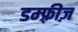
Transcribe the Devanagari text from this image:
डम्फ़्रीज़